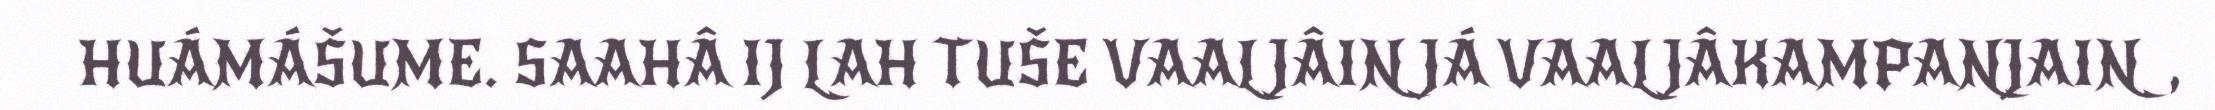
HUÁMÁŠUME. SAAHÂ IJ LAH TUŠE VAALJÂIN JÁ VAALJÂKAMPANJAIN,